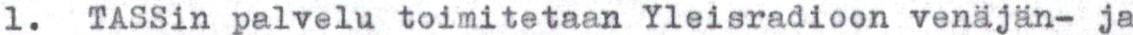
1.  TASSin palvelu toimitetaan Yleisradioon venäjän- ja